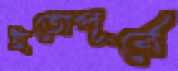
ইতোপূর্বে